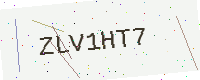
Text: ZLV1HT7